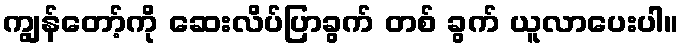
ကျွန်တော့်ကို ဆေးလိပ်ပြာခွက် တစ် ခွက် ယူလာပေးပါ။